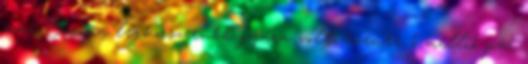
ami Európa legkorszerûbb gyára volt, évente 1 millió pár